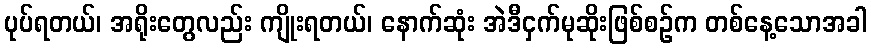
ပုပ်ရတယ်၊ အရိုးတွေလည်း ကျိုးရတယ်၊ နောက်ဆုံး အဲဒီငှက်မုဆိုးဖြစ်စဉ်က တစ်နေ့သောအခါ